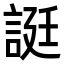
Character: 誔